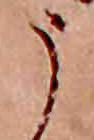
う